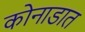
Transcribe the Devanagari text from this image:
कोनाडात